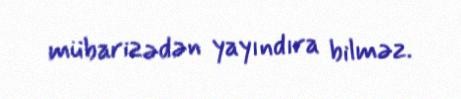
mübarizədən yayındıra bilməz.